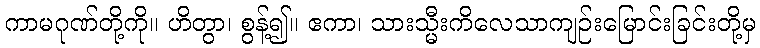
ကာမဂုဏ်တို့ကို။ ဟိတွာ၊ စွန့်၍။ ဧကာ၊ သားသ္မီးကိလေသာကျဉ်းမြောင်းခြင်းတို့မှ